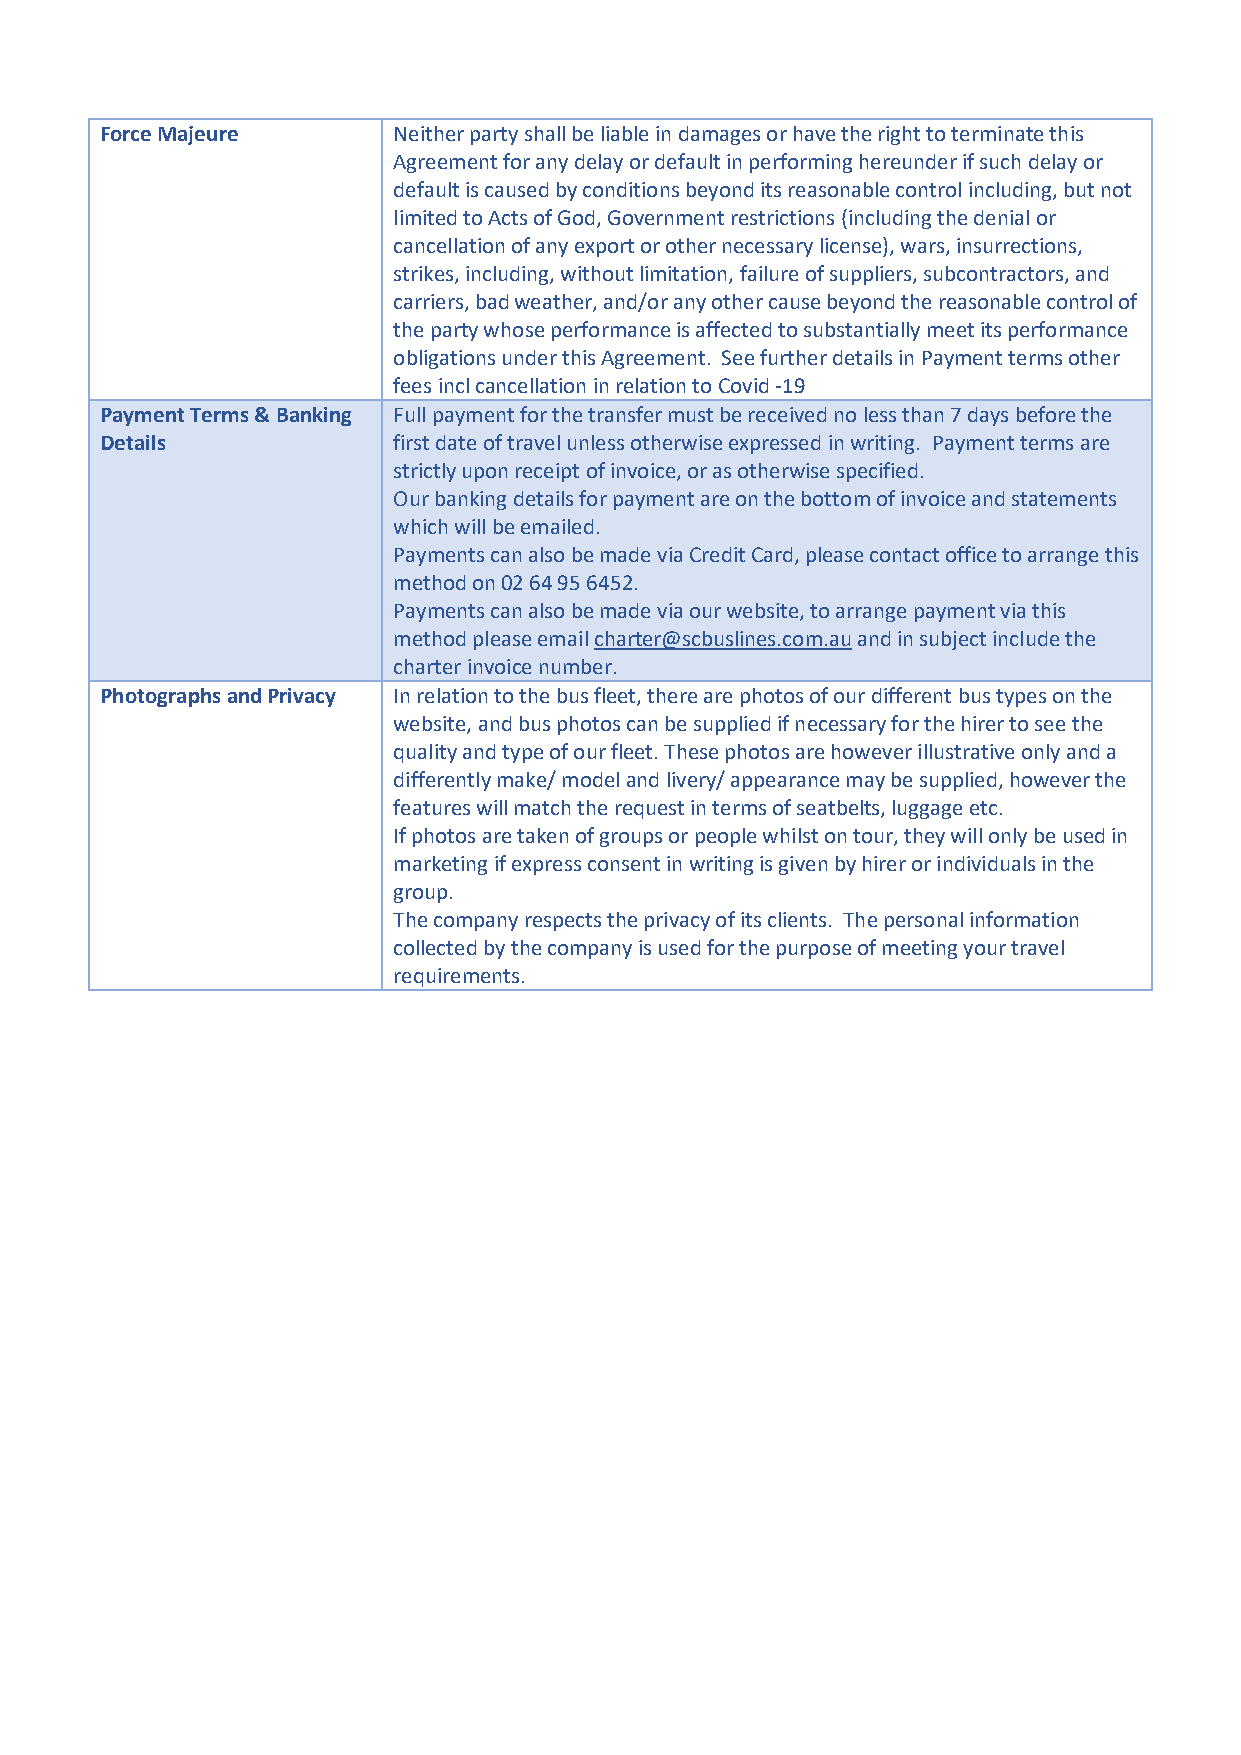
Force Majeure      Neither party shall be liable in damages or have the right to terminate this
 Agreement for any delay or default in performing hereunder if such delay or
 default is caused by conditions beyond its reasonable control including, but not
 limited to Acts of God, Government restrictions (including the denial or
 cancellation of any export or other necessary license), wars, insurrections,
 strikes, including, without limitation, failure of suppliers, subcontractors, and
 carriers, bad weather, and/or any other cause beyond the reasonable control of
 the party whose performance is affected to substantially meet its performance
 obligations under this Agreement. See further details in Payment terms other
 fees incl cancellation in relation to Covid -19
 Payment Terms & Banking Full payment for the transfer must be received no less than 7 days before the
 Details            first date of travel unless otherwise expressed in writing. Payment terms are
 strictly upon receipt of invoice, or as otherwise specified.
 Our banking details for payment are on the bottom of invoice and statements
 which will be emailed.
 Payments can also be made via Credit Card, please contact office to arrange this
 method on 02 64 95 6452.
 Payments can also be made via our website, to arrange payment via this
 method please email charter@scbuslines.com.au and in subject include the
 charter invoice number.
 Photographs and Privacy In relation to the bus fleet, there are photos of our different bus types on the
 website, and bus photos can be supplied if necessary for the hirer to see the
 quality and type of our fleet. These photos are however illustrative only and a
 differently make/ model and livery/ appearance may be supplied, however the
 features will match the request in terms of seatbelts, luggage etc.
 If photos are taken of groups or people whilst on tour, they will only be used in
 marketing if express consent in writing is given by hirer or individuals in the
 group.
 The company respects the privacy of its clients. The personal information
 collected by the company is used for the purpose of meeting your travel
 requirements.